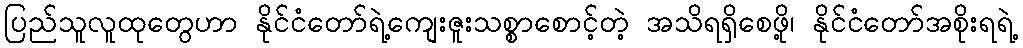
ပြည်သူလူထုတွေဟာ နိုင်ငံတော်ရဲ့ကျေးဇူးသစ္စာစောင့်တဲ့ အသိရရှိစေဖို့၊ နိုင်ငံတော်အစိုးရရဲ့